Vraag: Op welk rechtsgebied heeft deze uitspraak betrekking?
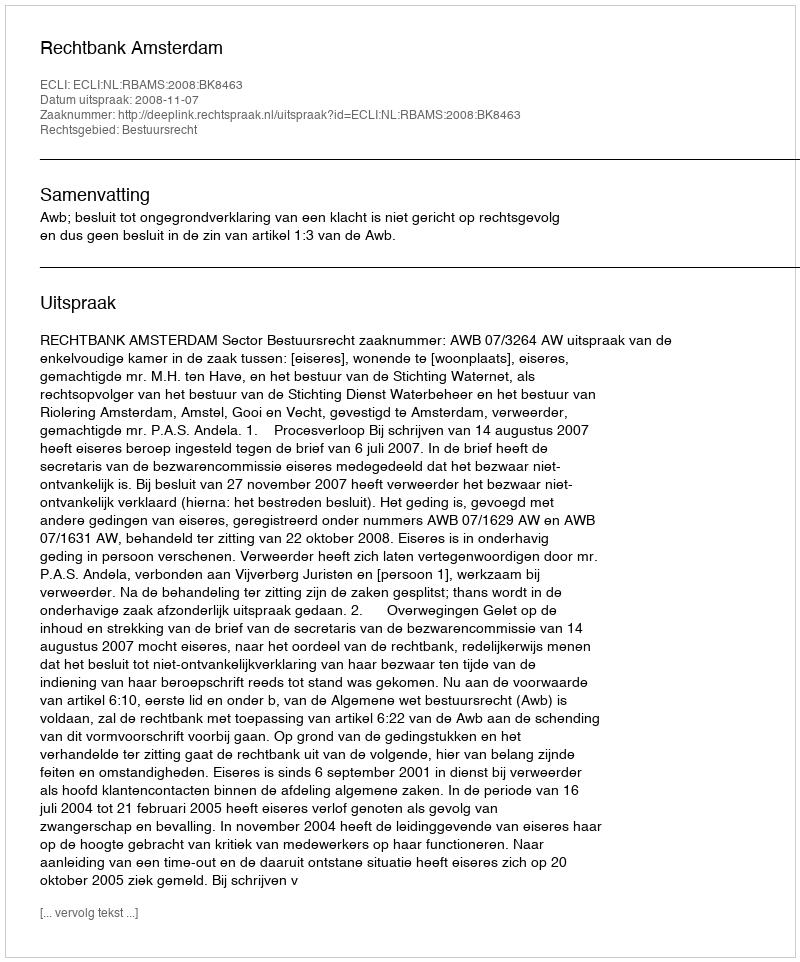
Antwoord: Bestuursrecht